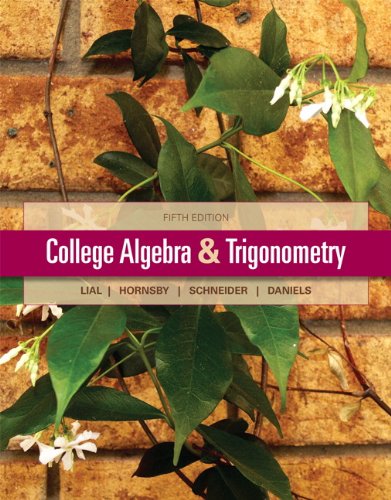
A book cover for College Algebra and Trigonometry (5th Edition); Margaret L. Lial; Science & Math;